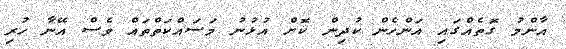
އާންމު ގޮތެއްގައި އަންހެން ކުދިން ކޮށް އުޅުނު މަަސައްކަތްތައް ވެސް އޭނާ ހުރި